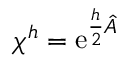
\chi ^ { h } = \mathrm { e } ^ { \frac { h } { 2 } \hat { A } }